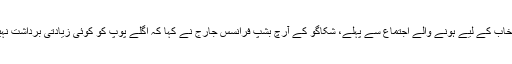
نئے پوپ کے انتخاب کے لیے ہونے والے اجتماع سے پہلے، شکاگو کے آرچ بشپ فرانسس جارج نے کہا کہ اگلے پوپ کو کوئی زیادتی برداشت نہیں کرنی چاہیئے۔